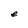
Character: e